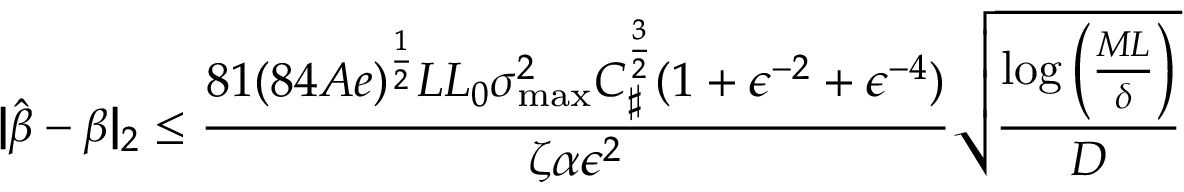
| \! | \hat { \boldsymbol { \beta } } - \boldsymbol { \beta } | \! | _ { 2 } \leq \frac { 8 1 ( 8 4 A e ) ^ { \frac 1 2 } L L _ { 0 } \sigma _ { \operatorname* { m a x } } ^ { 2 } C _ { \sharp } ^ { \frac 3 2 } ( 1 + \epsilon ^ { - 2 } + \epsilon ^ { - 4 } ) } { \zeta \alpha \epsilon ^ { 2 } } \sqrt { \frac { \log \left( \frac { M L } { \delta } \right) } D }